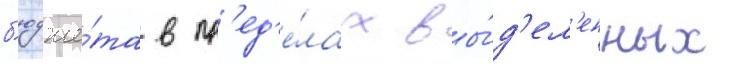
б'юдже́та в пр'ед'е́лах вы́д'ел'енных